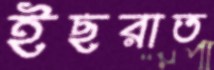
ইছরাত